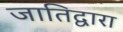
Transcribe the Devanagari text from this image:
जातिद्वारा